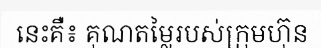
នេះគឺ៖ គុណតម្លៃរបស់ក្រុមហ៊ុន